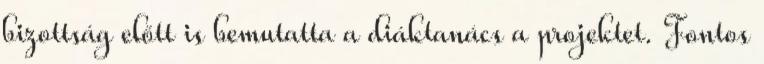
bizottság előtt is bemutatta a diáktanács a projektet. Fontos